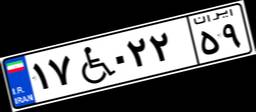
۳۴W۶۲۳۸۹